Leaving Certificate Examination, 1915
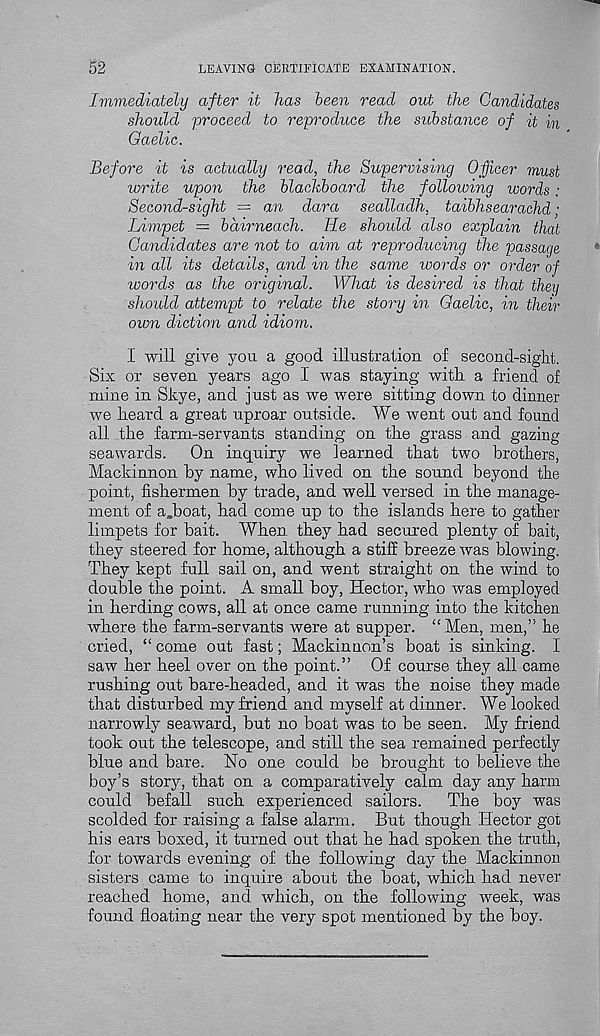
52
LEAVING CERTIFICATE EXAMINATION.
Ivimediately after it has been read out the Candidates
should proceed to reproduce the substance of it in
Gaelic.
Before it is actually read, the Supervising Officer must
write upon the blackboard the following words:
Second-sight = an dara sealladh, taibhsearachd;
Limpet — bairneach. Tie shoidd also explain that
Candidates are not to aim at reproducing the passage
in all its details, and in the same words or order of
words as the original. What is desired is that they
shoidd attempt to relate the story in Gaelic, in their
own diction and idiom.
I will give you a good illustration of second-sight.
Six or seven years ago I was staying with a friend of
mine in Skye, and just as we were sitting down to dinner
we heard a great uproar outside. We went out and found
all the farm-servants standing on the grass and gazing
seawards.
On inquiry we learned that two brothers,
Mackinnon by name, who lived on the sound beyond the
point, fishermen by trade, and well versed in the manage-
ment of a.boat, had come up to the islands here to gather
limpets for bait. When they had secured plenty of bait,
they steered for home, although a stiff breeze was blowing.
They kept full sail on, and went straight on the wind to
double the point. A small boy, Hector, who was employed
in herding cows, all at once came running into the kitchen
where the farm-servants were at supper. “Men, men,” he
cried, “ come out fast; Mackinnon’s boat is sinking. I
saw her heel over on the point.” Of course they all came
rushing out bare-headed, and it was the noise they made
that disturbed my friend and myself at dinner. We looked
narrowly seaward, but no boat was to be seen. My friend
took out the telescope, and still the sea remained perfectly
blue and bare. No one could be brought to believe the
boy’s story, that on a comparatively calm day any harm
could befall such experienced sailors.
The boy was
scolded for raising a false alarm. But though Hector got
his ears boxed, it turned out that he had spoken the truth,
for towards evening of the following day the Mackinnon
sisters came to inquire about the boat, which had never
reached home, and which., on the following week, was
found floating near the very spot mentioned by the boy.